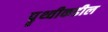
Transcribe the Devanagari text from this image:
पॄथ्वीकडील